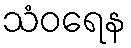
သံဝရေန